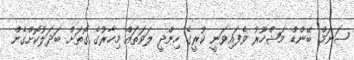
ސަނަމް ބޭންޑް މަޝްހޫރު ވެފައިވަނީ ކުރީގެ ހިންދީ ލަވަތައް މިހާރުގެ ގޮތަށް ބަދަލުކޮށްގެން